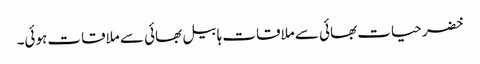
خضر حیات بھائی سے ملاقات ہابیل بھائی سے ملاقات ہوئی۔